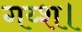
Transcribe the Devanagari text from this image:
गय्श।